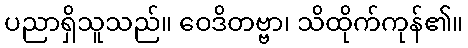
ပညာရှိသူသည်။ ဝေဒိတဗ္ဗာ၊ သိထိုက်ကုန်၏။